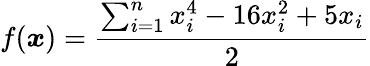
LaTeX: f({\boldsymbol{x}})={\frac{\sum_{i=1}^{n}x_{i}^{4}-16x_{i}^{2}+5x_{i}}{2}}